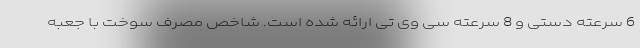
6 سرعته دستی و 8 سرعته سی وی تی ارائه شده است. شاخص مصرف سوخت با جعبه